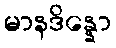
မာနဒိန္နော